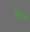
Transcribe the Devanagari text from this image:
हिवाय